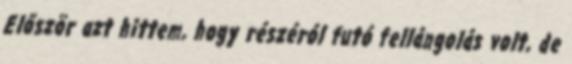
Először azt hittem, hogy részéról futó fellángolás volt, de